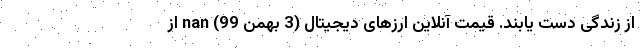
از زندگی دست‌ یابند. قیمت آنلاین ارزهای دیجیتال (3 بهمن 99) nan از